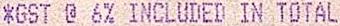
*GST @ 6% INCLUDED IN TOTAL